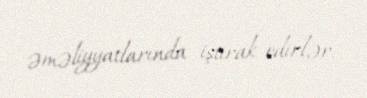
əməliyyatlarında iştirak edirlər.